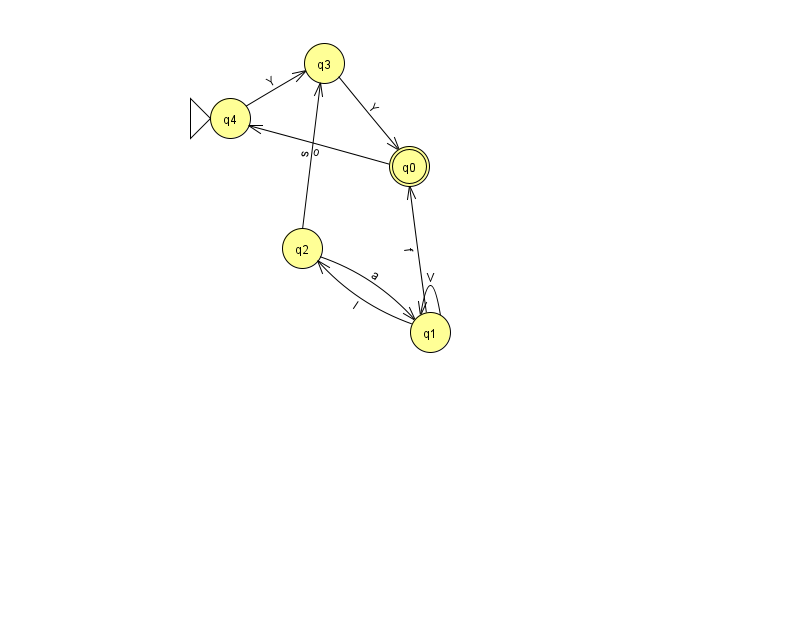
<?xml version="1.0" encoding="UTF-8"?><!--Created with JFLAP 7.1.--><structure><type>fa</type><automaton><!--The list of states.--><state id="0" name="q0"><x>409.0</x><y>153.0</y><final/></state><state id="1" name="q1"><x>430.0</x><y>319.0</y></state><state id="2" name="q2"><x>302.0</x><y>235.0</y></state><state id="3" name="q3"><x>324.0</x><y>50.0</y></state><state id="4" name="q4"><x>230.0</x><y>105.0</y><initial/></state><!--The list of transitions.--><transition><from>1</from><to>2</to><read>l</read></transition><transition><from>0</from><to>4</to><read>o</read></transition><transition><from>1</from><to>0</to><read>f</read></transition><transition><from>1</from><to>1</to><read>V</read></transition><transition><from>3</from><to>0</to><read>Y</read></transition><transition><from>2</from><to>3</to><read>s</read></transition><transition><from>4</from><to>3</to><read>Y</read></transition><transition><from>2</from><to>1</to><read>a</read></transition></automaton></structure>